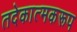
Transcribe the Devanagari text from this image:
तदेकात्मकरूप